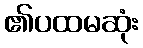
၏ပထမဆုံး